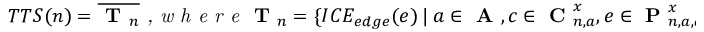
T T S ( n ) = \overline { { \textbf { T } _ { n } } } \textit { , w h e r e } \textbf { T } _ { n } = \{ I C E _ { e d g e } ( e ) \ | \ a \in \textbf { A } , c \in \textbf { C } _ { n , a } ^ { x } , e \in \textbf { P } _ { n , a , c } ^ { x } \}